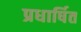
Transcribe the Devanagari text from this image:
प्रधार्षित